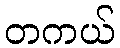
တကယ်